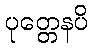
ပုတ္တေနပိ